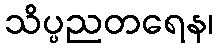
သိပ္ပညတရေန၊